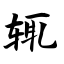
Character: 辄